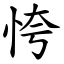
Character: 恗